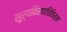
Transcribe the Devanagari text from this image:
सूर्यकिरणचिकित्सा